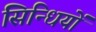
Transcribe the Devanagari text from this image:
सिन्धियों